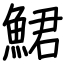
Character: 鮶